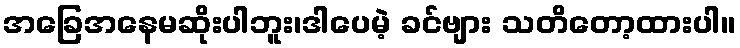
အခြေအနေမဆိုးပါဘူး၊ဒါပေမဲ့ ခင်ဗျား သတိတော့ထားပါ။